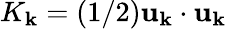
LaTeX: K_{\mathbf{k}}=(1/2){\mathbf{u}}_{\mathbf{k}}\cdot{\mathbf{u}}_{\mathbf{k}}